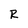
Character: R